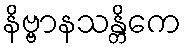
နိဗ္ဗာနသန္တိကေ